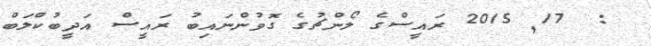
:  17